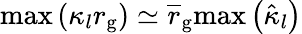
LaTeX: \mathrm{max}\left(\kappa_{l}r_{\mathrm{g}}\right)\simeq\overline{r}_{\mathrm{g}}\mathrm{max}\left(\hat{\kappa}_{l}\right)